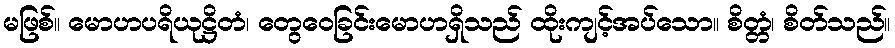
မဖြစ်။ မောဟပရိယုဋ္ဌိတံ၊ တွေဝေခြင်းမောဟရှိသည် ထိုးကျင့်အပ်သော။ စိတ္တံ၊ စိတ်သည်။